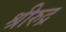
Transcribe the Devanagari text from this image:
श्रीरुद्र